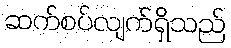
ဆက်စပ်လျက်ရှိသည်